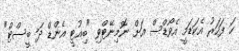
ހަ ފަހަރު އެކަޑަމީ އެވޯޑްސް އަށް ނޮމިނޭޓްވި "ބިއުޓީ އެންޑް ދަ ބީސްޓް"